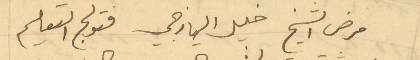
مرض الشيخ خليل اليازجي فتولى التعليم